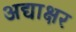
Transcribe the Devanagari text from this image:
अद्याक्षर